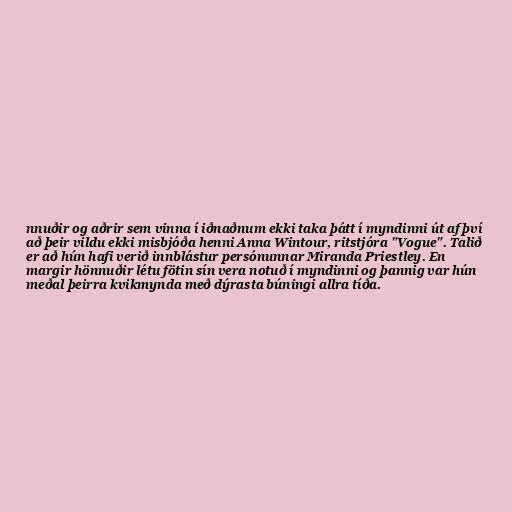
nnuðir og aðrir sem vinna í iðnaðnum ekki taka þátt í myndinni út af því
að þeir vildu ekki misbjóða henni Anna Wintour, ritstjóra "Vogue". Talið
er að hún hafi verið innblástur persónunnar Miranda Priestley. En
margir hönnuðir létu fötin sín vera notuð í myndinni og þannig var hún
meðal þeirra kvikmynda með dýrasta búningi allra tíða.